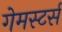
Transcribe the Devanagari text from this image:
गेमस्टर्स